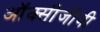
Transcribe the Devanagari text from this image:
ऑक्सीजीवी